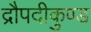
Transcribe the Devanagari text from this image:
द्रौपदीकुण्ड